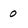
Character: 0